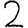
Digit: 2